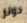
دونر